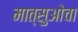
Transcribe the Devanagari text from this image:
मात्सुओचा